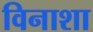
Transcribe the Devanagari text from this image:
विनाशा